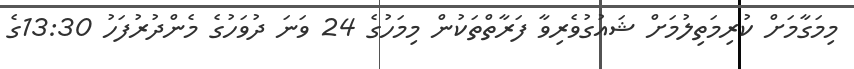
މިމަގާމަށް ކުރިމަތިލުމަށް ޝައުގުވެރިވާ ފަރާތްތަކުން މިމަހުގެ 24 ވަނަ ދުވަހުގެ މެންދުރުފަހު 13:30ގެ